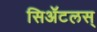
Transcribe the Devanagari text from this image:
सिॲटलस्